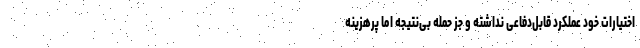
اختیارات خود عملکرد قابل‌دفاعی نداشته و جز حمله بی‌نتیجه اما پرهزینه